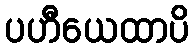
ပဟီယေထာပိ